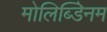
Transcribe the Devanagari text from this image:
मोलिब्डेिनम